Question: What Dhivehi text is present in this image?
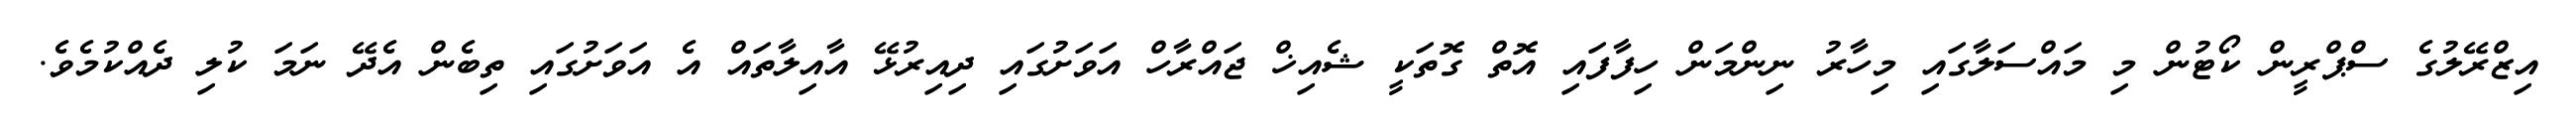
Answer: އިޒްރޭލުގެ ސްޕްރީން ކޯޓުން މި މައްސަލާގައި މިހާރު ނިންމަން ހިފާފައި އޮތް ގޮތަކީ ޝެއިޚް ޖައްރާހް އަވަށުގައި ދިއިރުޅޭ އާއިލާތައް އެ އަވަށުގައި ތިބެން އެދޭ ނަމަ ކުލި ދެއްކުމެވެ.